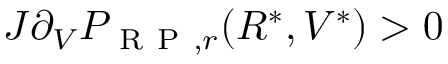
J \partial _ { V } P _ { \mathrm { ~ R ~ P ~ } , r } ( R ^ { * } , V ^ { * } ) > 0